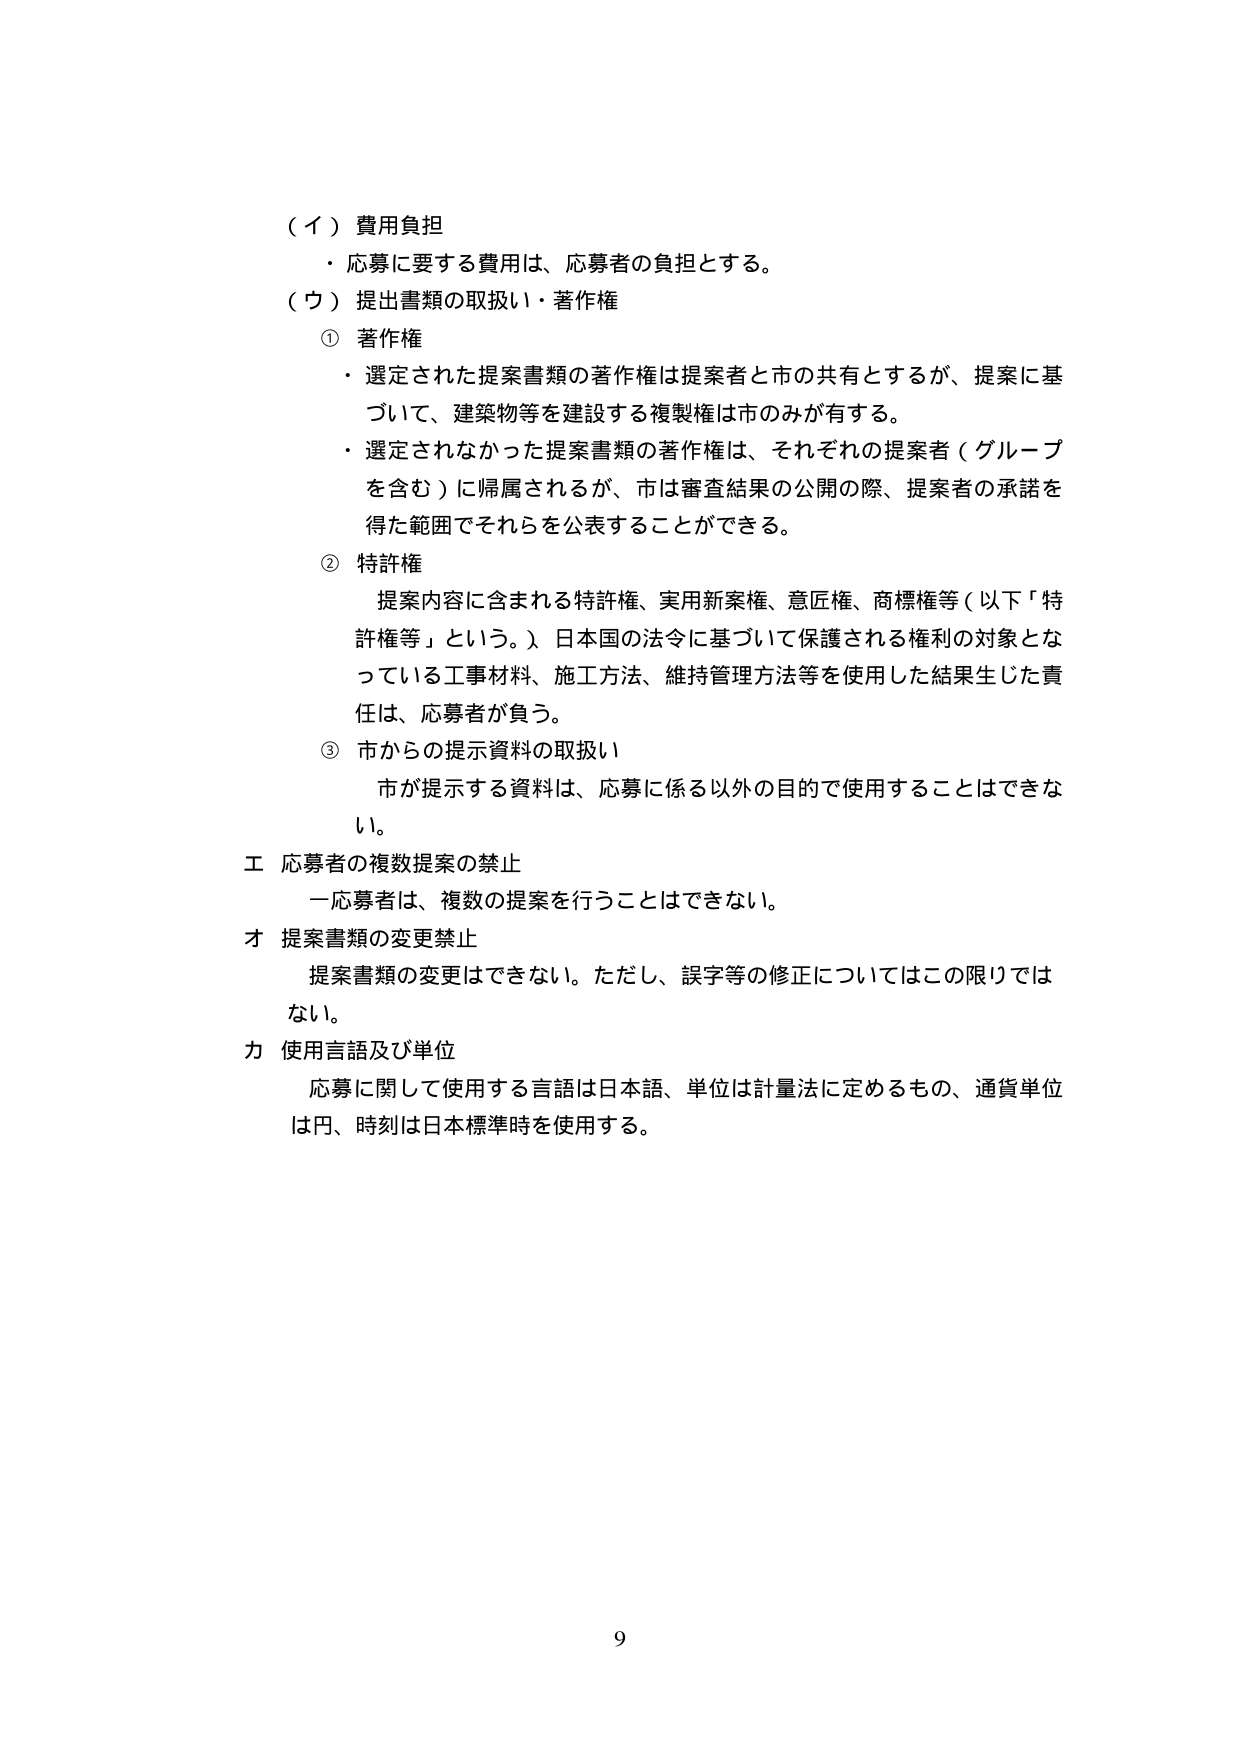
（イ）費用負担
・応募に要する費用は、応募者の負担とする。

（ウ）提出書類の取扱い・著作権
① 著作権
・選定された提案書類の著作権は提案者と市の共有とするが、提案に基づいて、建築物等を建設する複製権は市のみが有する。
・選定されなかった提案書類の著作権は、それぞれの提案者（グループを含む）に帰属されるが、市は審査結果の公開の際、提案者の承諾を得た範囲でそれらを公表することができる。

② 特許権
提案内容に含まれる特許権、実用新案権、意匠権、商標権等（以下「特許権等」という。）日本国の法令に基づいて保護される権利の対象となっている工事材料、施工方法、維持管理方法等を使用した結果生じた責任は、応募者が負う。

③ 市からの提示資料の取扱い
市が提示する資料は、応募に係る以外の目的で使用することはできない。

エ 応募者の複数提案の禁止
一応募者は、複数の提案を行うことはできない。

オ 提案書類の変更禁止
提案書類の変更はできない。ただし、誤字等の修正についてはこの限りではない。

カ 使用言語及び単位
応募に関して使用する言語は日本語、単位は計量法に定めるもの、通貨単位は円、時刻は日本標準時を使用する。

9